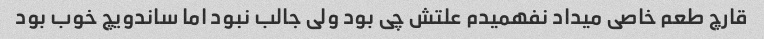
قارچ طعم خاصی میداد نفهمیدم علتش چی بود ولی جالب نبود اما ساندویچ خوب بود